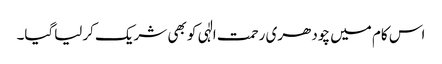
اس کام میں چودھری رحمت الٰہی کو بھی شریک کرلیاگیا۔